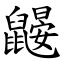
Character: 鼹